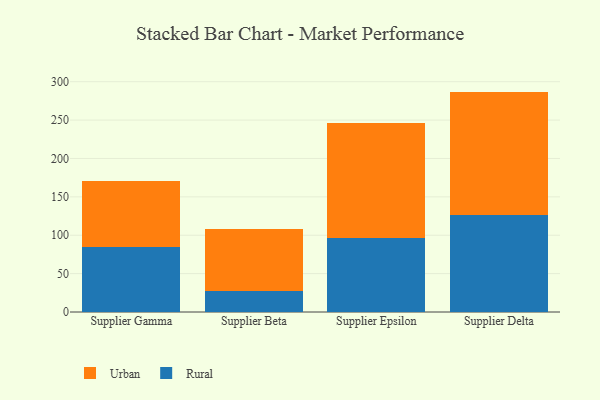
{"axis": {"x": "Supplier", "y": "Temperature (°C)"}, "legend": ["Rural", "Urban"], "data": [{"x": "Supplier Gamma", "y": 84.6, "type": "Rural"}, {"x": "Supplier Gamma", "y": 85.5, "type": "Urban"}, {"x": "Supplier Beta", "y": 27.7, "type": "Rural"}, {"x": "Supplier Beta", "y": 80.4, "type": "Urban"}, {"x": "Supplier Epsilon", "y": 96.3, "type": "Rural"}, {"x": "Supplier Epsilon", "y": 150.5, "type": "Urban"}, {"x": "Supplier Delta", "y": 126.0, "type": "Rural"}, {"x": "Supplier Delta", "y": 161.1, "type": "Urban"}]}